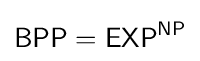
{\mathsf {BPP}}={\mathsf {EXP}}^{\mathsf {NP}}